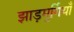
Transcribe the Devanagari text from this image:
झाड़मुर्गियाँ